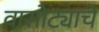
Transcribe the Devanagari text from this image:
वासोट्याचे